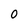
Character: O